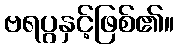
ဗရပွနှင့်ဖြစ်၏။